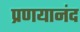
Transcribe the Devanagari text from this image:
प्रणयानंद